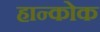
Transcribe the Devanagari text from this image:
हान्कोक